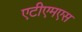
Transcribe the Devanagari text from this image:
एटीएमएस